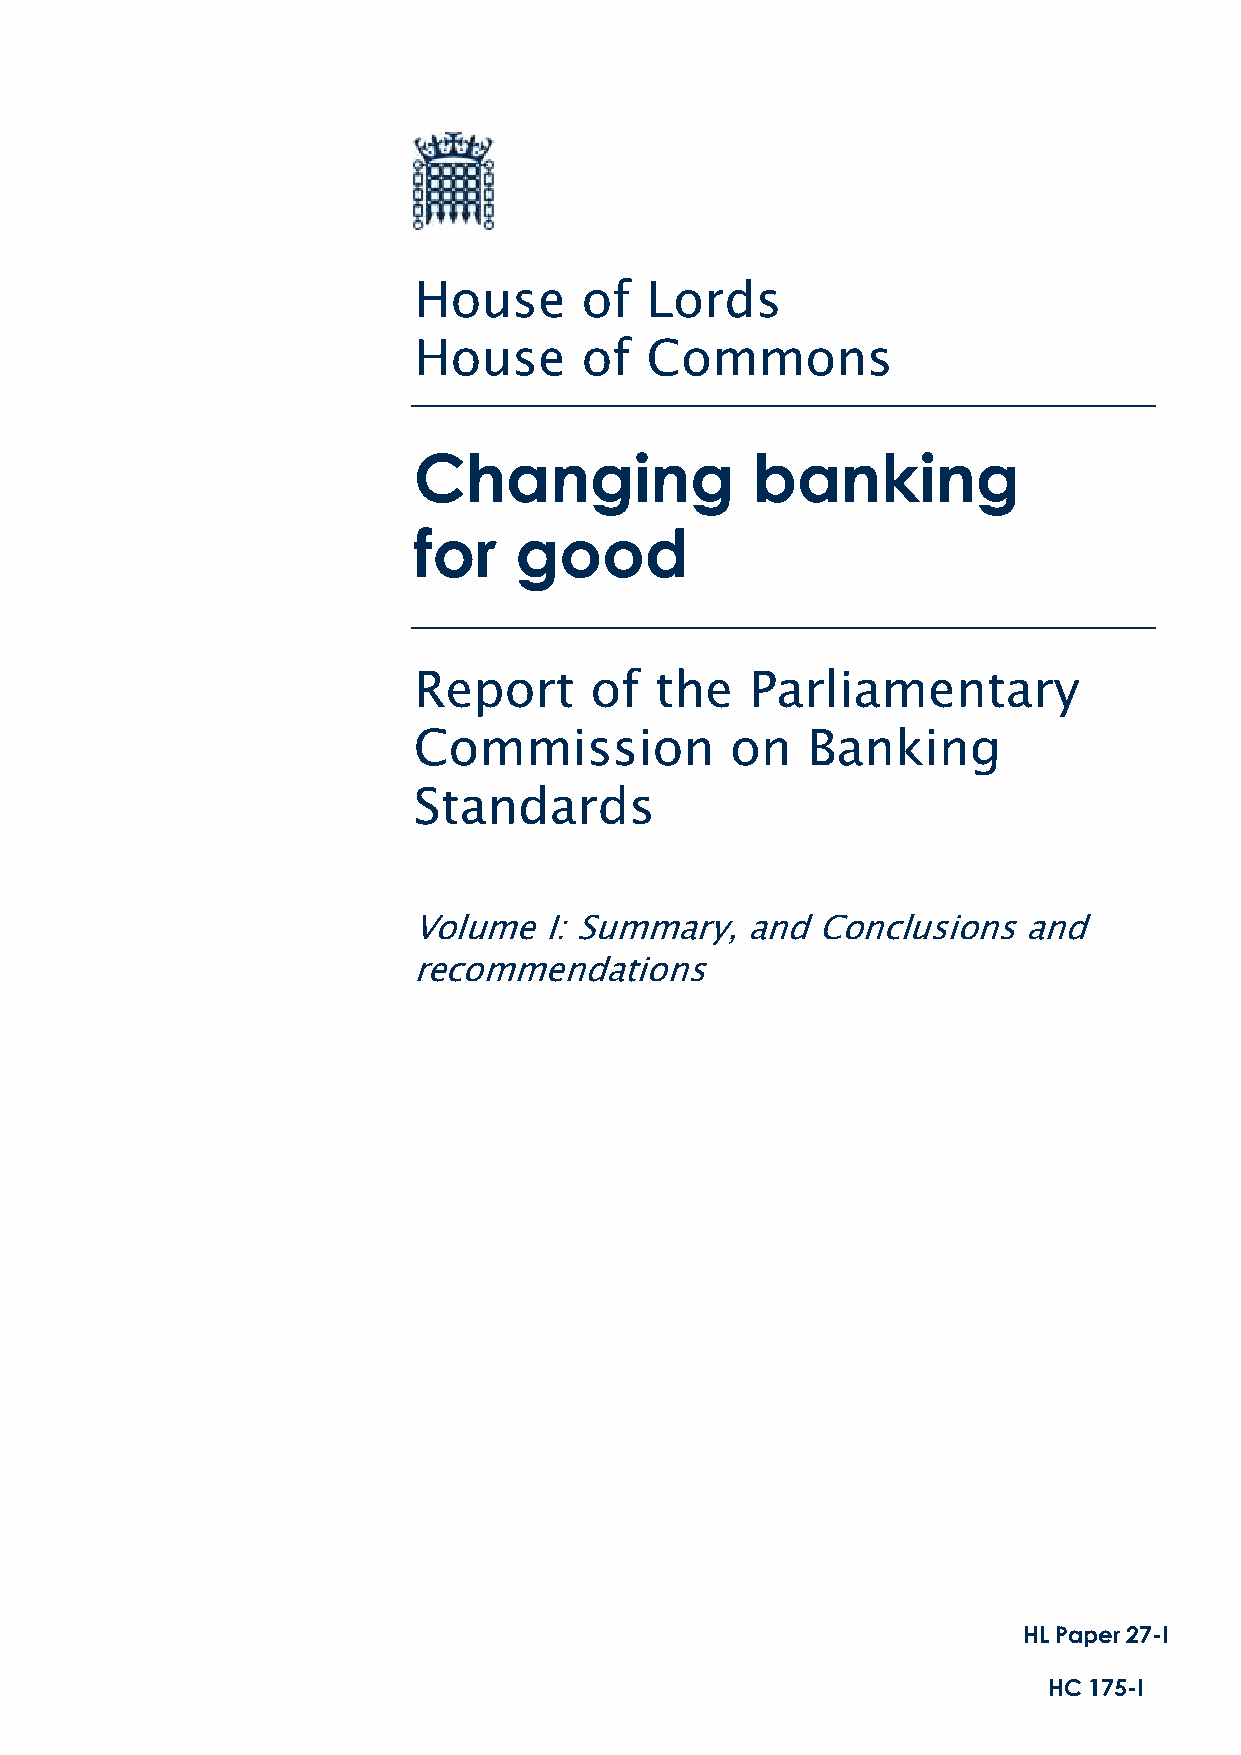
House      of   Lords
 House      of   Commons
 Changing               banking
 for    good
 Report      of  the    Parliamentary
 Commission           on   Banking
 Standards
 Volume   I: Summary,  and  Conclusions   and
 recommendations
 HL Paper 27-I
 HC 175-I